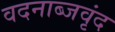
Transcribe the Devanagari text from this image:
वदनाब्जवृंद